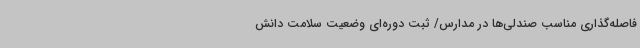
فاصله‌گذاری مناسب صندلی‌ها در مدارس/ ثبت دوره‌ای وضعیت سلامت دانش